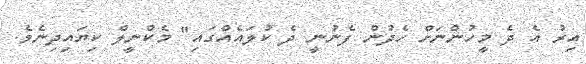
އިރު އެ ދެ މީހުންނަށް ހެދުން ފެނުނީ ދެ ކުލައެއްގައި" މެކްނީލް ކިޔައިދިނެވެ.